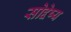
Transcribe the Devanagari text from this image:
सोद्देष्य